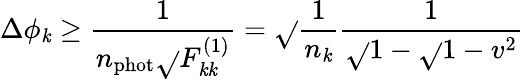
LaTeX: \Delta\phi_{\mathit{k}}\ge\frac{{1}}{{n_{\mathrm{{phot}}}\sqrt{}{{F_{\mathit{k}\mathit{k}}^{(1)}}}}}=\sqrt{}{{\frac{{1}}{{n_{\mathit{k}}}}}}\frac{{1}}{{\sqrt{}{{1-\sqrt{}{{1-v^{2}}}}}}}